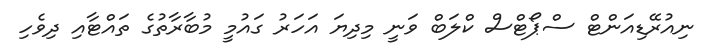
ނިއުރޭޑިއަންޓް ސްޕޯޓްސް ކްލަބް ވަނީ މިދިޔަ އަހަރު ގައުމީ މުބާރާތުގެ ތައްޓާއި ދިވެހި